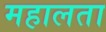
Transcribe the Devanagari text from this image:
महालता